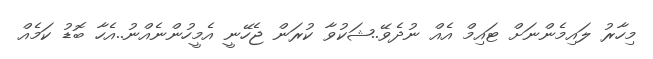
މިހާރު ލައިމެންނަށް ޓައިމް އެއް ނުދެވޭ..ޝަކުވާ ކުރަން ޖެހޭނީ އެމީހުންނެއްނު..އެހާ ބޮޑު ކަމެއް